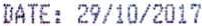
DATE: 29/10/2017